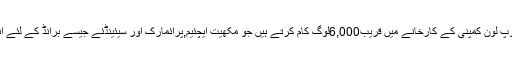
یہاں ہانگ کانگ کی ہوپ لون کمپنی کے کارخانے میں قریب6,000لوگ کام کرتے ہیں جو مکھیت ایچئیم,پرائمارک اور سیئینڈئے جیسے برانڈ کے لئے انڈرگارمینٹ بناتے ہیں۔